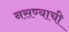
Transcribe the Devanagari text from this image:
नसण्याची